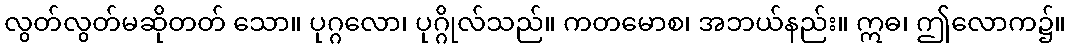
လွတ်လွတ်မဆိုတတ် သော။ ပုဂ္ဂလော၊ ပုဂ္ဂိုလ်သည်။ ကတမောစ၊ အဘယ်နည်း။ ဣဓ၊ ဤလောက၌။